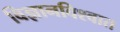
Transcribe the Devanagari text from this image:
विज्ञानविश्वात